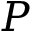
P